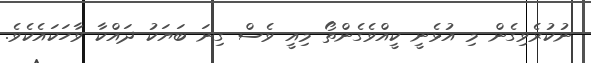
ނުކުރެވިގެން މި އުޅެނީ ކީއްވެގެންތޯ މިއީ ވެސް ގިނަ ބަޔަކު ދައްކާ ވާހަކައެކެވެ.